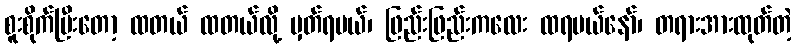
စူးစိုက်ပြီးတော့ ထတယ် ထတယ်လို့ မှတ်ရမယ်၊ ဖြည်းဖြည်းကလေး ထရမယ်နော်၊ တရားအားထုတ်တဲ့